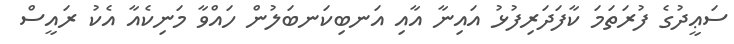
ސަޢީދުގެ ފުރަތަމަ ކާފަދަރިފުޅު އައިނާ އާއި އަނބިކަނބަލުން ހައްވާ މަނިކެއާ އެކު ރައީސް